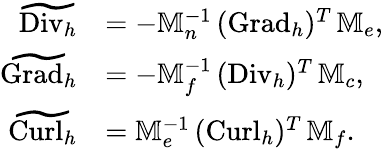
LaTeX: \begin{array}{rl}{\widetilde{\mathrm{Div}_{h}}}&{=-\mathbb{M}_{n}^{-1}\, ({\mathrm{Grad}_{h}})^{T}\, \mathbb{M}_{e},}\\ {\widetilde{\mathrm{Grad}_{h}}}&{=-\mathbb{M}_{f}^{-1}\, ({\mathrm{Div}_{h}})^{T}\, \mathbb{M}_{c},}\\ {\widetilde{\mathrm{Curl}_{h}}}&{=\mathbb{M}_{e}^{-1}\, ({\mathrm{Curl}_{h}})^{T}\, \mathbb{M}_{f}.}\end{array}